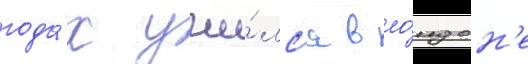
года́х учи́лс'я в ло́ндон'е